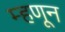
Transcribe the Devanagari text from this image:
म्हणून